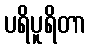
ပရိပူရိတာ